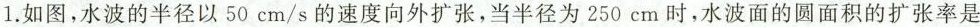
1. 如图，水波的半径以50cm/s的速度向外扩张，当半径为250cm时，水波面的圆面积的扩张率是